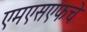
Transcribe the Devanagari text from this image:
एमएसएफचे